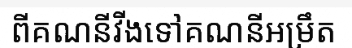
ពីគណនីវីងទៅគណនីអម្រឹត